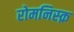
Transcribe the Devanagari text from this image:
रोमनिस्क़